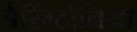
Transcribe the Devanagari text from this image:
बैरिंग्टोनिया